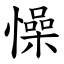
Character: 懆